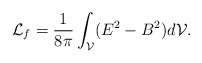
\begin{align*}{\cal L}_f=\frac{1}{8\pi}\int_{\cal V}(E^2-B^2)d{\cal V}.\end{align*}